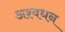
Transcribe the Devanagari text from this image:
अश्वधन